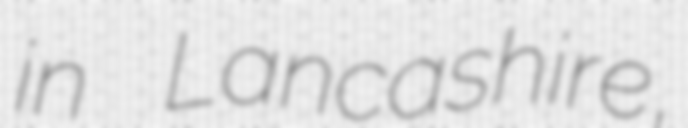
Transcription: in Lancashire,